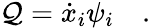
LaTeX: \mathcal{Q}={\dot{{x}}}_{i}\psi_{i}\quad.